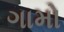
ગામો